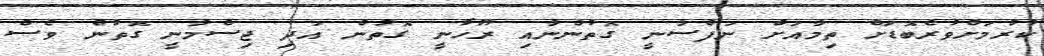
ކުރުމަށްވުރެބޮޑަށް ތިމާއަށް ނަފްސާނީ ގޮތުންނާއި ރޫހާނީ ގޮތުން އަދި ޖިސްމާނީ ގޮތުން ވެސް